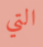
التي